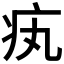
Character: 𤴯